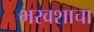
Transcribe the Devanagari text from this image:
भरवशाचा